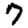
Digit: 7